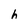
Character: h